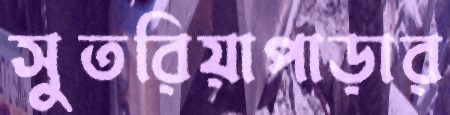
সুতরিয়াপাড়ার